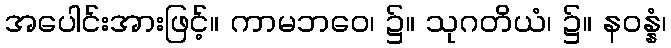
အပေါင်းအားဖြင့်။ ကာမဘဝေ၊ ၌။ သုဂတိယံ၊ ၌။ နဝန္နံ၊